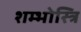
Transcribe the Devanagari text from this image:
शम्भोस्त्रि